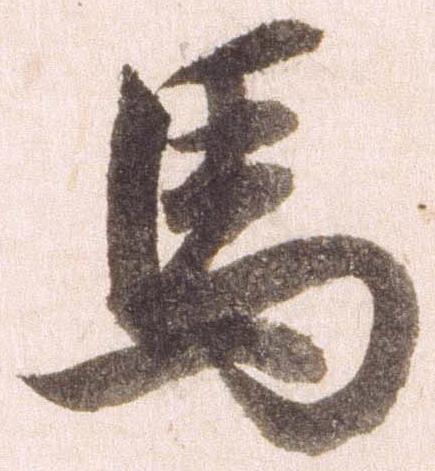
馬